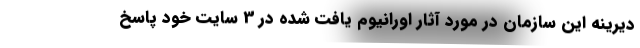
دیرینه این سازمان در مورد آثار اورانیوم یافت شده در 3 سایت خود پاسخ